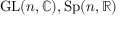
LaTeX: \mathrm { G L } ( n , \mathbb { C } ) , \mathrm { S p } ( n , \mathbb { R } )